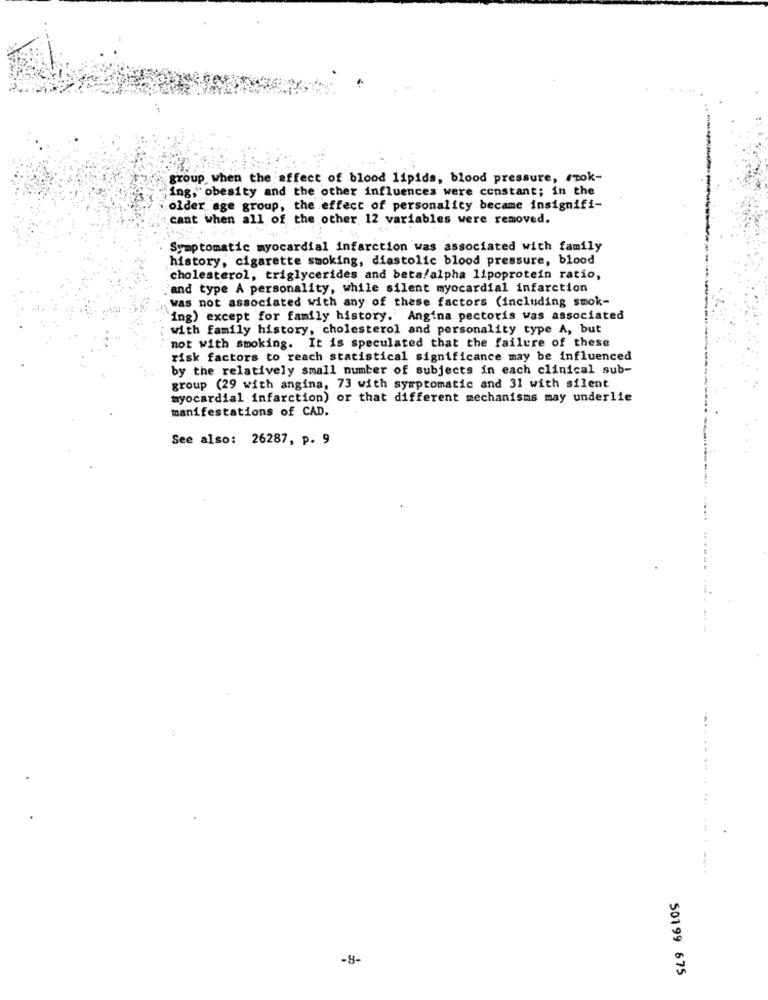
group when the affect of blood lipids, blood pressure, szok-
ing, obesity and the other influences were constant; in the
older age group, the effect of personality became insignifi-
cant when all of the other 12 variables were removed.
Symptomatic myocardial infarction was associated with family
history, cigarette smoking, diastolic blood pressure, blood
cholesterol, triglycerides and beta/alpha lipoprotein ratio,
and type A personality, while silent myocardial infarction
was not associated with any of these factors (including smok-
ing) except for family history. Angina pectoris was associated
with family history, cholesterol and personality type A, but
not with smoking. It is speculated that the failure of these
risk factors to reach statistical significance may be influenced
by the relatively small number of subjects in each clinical sub-
group (29 with angina, 73 with symptomatic and 31 with silent
myocardial infarction) or that different mechanisms may underlie
manifestations of CAD.
See also: 26287, p. 9
....
...
-8-
50199 675